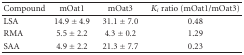
| Compound | mOat1 | mOat3 | Ki ratio (mOat1/mOat3) |
 | --- | --- | --- | --- |
 | LSA | 14.9 ± 4.9 | 31.1 ± 7.0 | 0.48 |
 | RMA | 5.5 ± 2.2 | 4.3 ± 0.2 | 1.29 |
 | SAA | 4.9 ± 2.2 | 21.3 ± 7.7 | 0.23 |